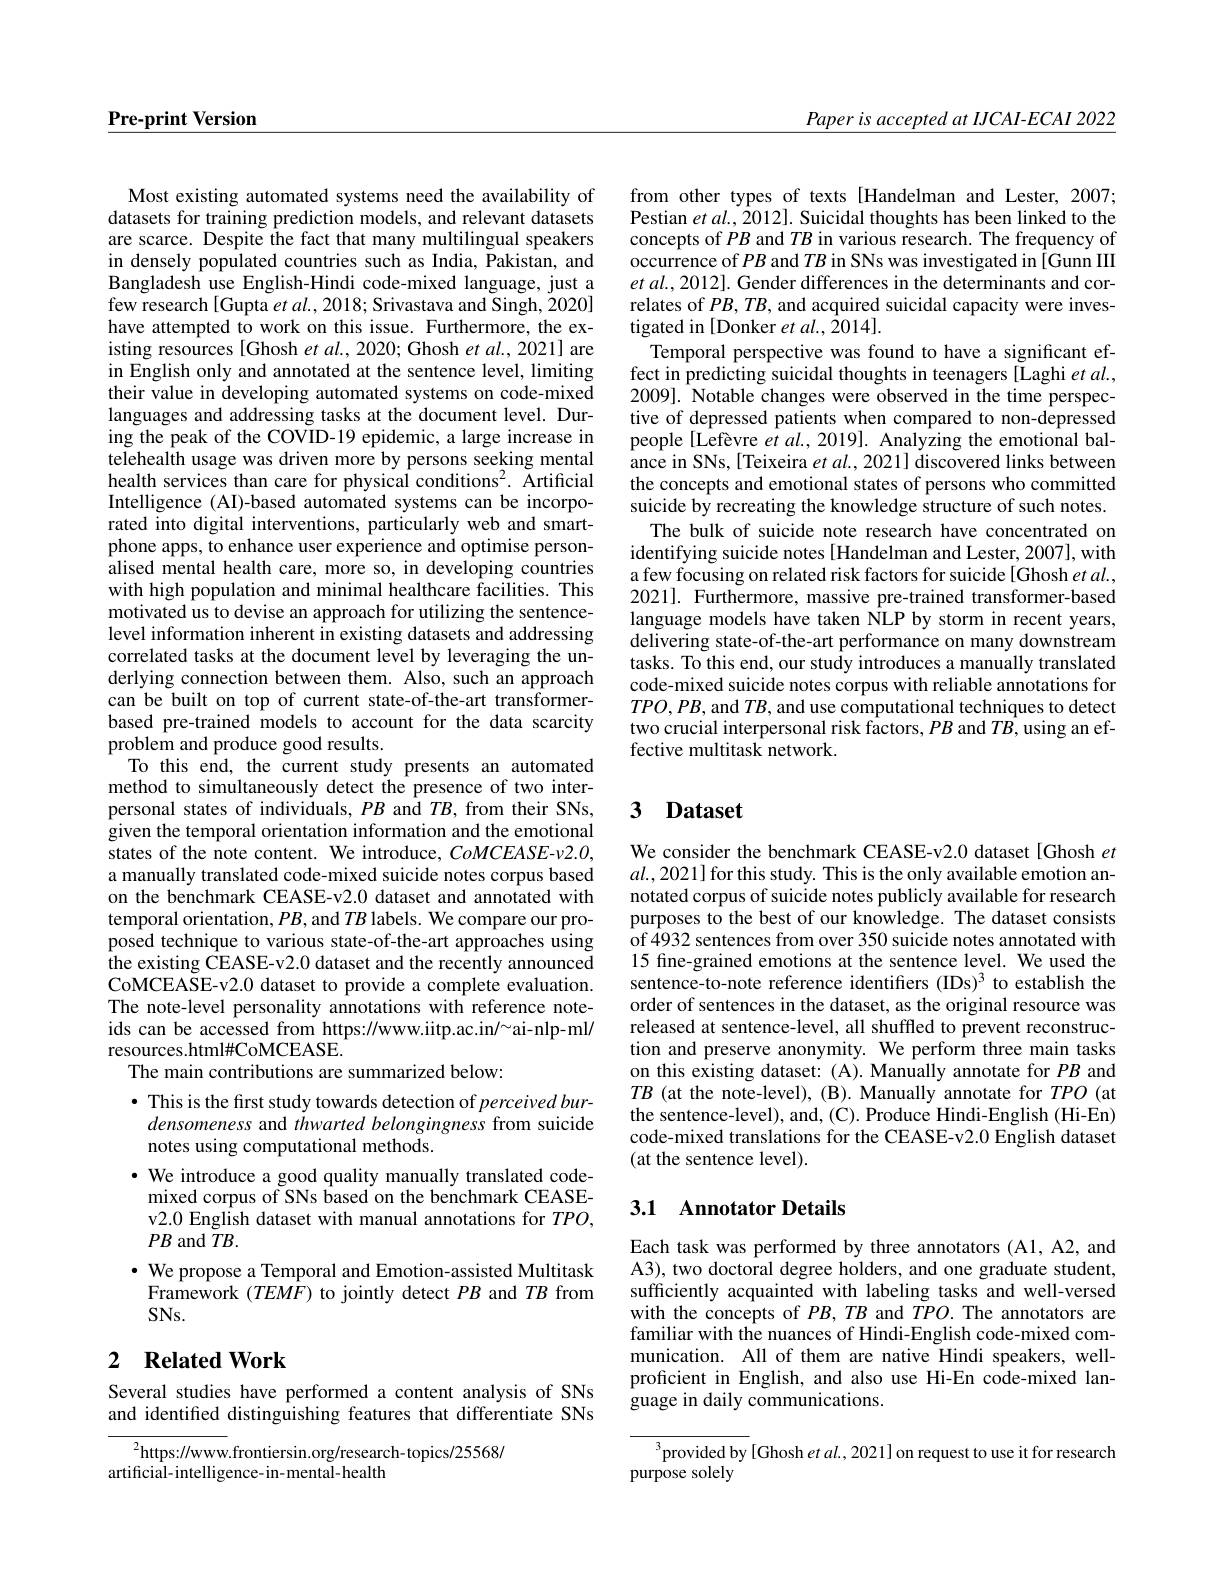
$\underline{\textbf{Pre-print Version}}$

Paper is accepted at IJCAI-ECAI 2022

Most existing automated systems need the availability of datasets for training prediction models, and relevant datasets are scarce. Despite the fact that many multilingual speakers in densely populated countries such as India, Pakistan, and Bangladesh use English-Hindi code-mixed language, just a few research[Gupta et al.2018; Srivastava and Singh, 2020] have attempted to work on this issue. Furthermore, the existing resources [Ghosh $etal.,2020;$ Ghosh $et\textit{al. , 2021}]$ are in English only and annotated at the sentence level, limiting their value in developing automated systems on code-mixed languages and addressing tasks at the document level. During the peak of the COVID-19 epidemic, a large increase in telehealth usage was driven more by persons seeking mental health services than care for physical conditions$^2.$ Artificial Intelligence (AI)-based automated systems can be incorporated into digital interventions, particularly web and smartphone apps, to enhance user experience and optimise personalised mental health care, more so, in developing countries with high population and minimal healthcare facilities. This motivated us to devise an approach for utilizing the sentencelevel information inherent in existing datasets and addressing correlated tasks at the document level by leveraging the underlying connection between them. Also, such an approach can be built on top of current state-of-the-art transformerbased pre-trained models to account for the data scarcity problem and produce good results.
To this end, the current study presents an automated method to simultaneously detect the presence of two interpersonal states of individuals, $PB$ and $TB$, from their SNs, given the temporal orientation information and the emotional states of the note content. We introduce, $CoMCEASE-v2.0$, a manually translated code-mixed suicide notes corpus based on the benchmark CEASE-v2.0 dataset and annotated with temporal orientation, $PB$, and $TB$ labels. We compare our proposed technique to various state-of-the-art approaches using the existing CEASE-v2.0 dataset and the recently announced CoMCEASE-v2.0 dataset to provide a complete evaluation. The note-level personality annotations with reference noteids can be accessed from https://www.iitp.ac.in/~ai-nlp-ml/ resources.html#CoMCEASE.
The main contributions are summarized below:
$\bullet$ This is the first study towards detection of perceived burdensomeness and thwarted belongingness from suicide notes using computational methods.
$\cdot$ We introduce a good quality manually translated codemixed corpus of SNs based on the benchmark CEASEv2.0 English dataset with manual annotations for $TPO$, $PB$ and $TB.$
$\bullet$ We propose a Temporal and Emotion-assisted Multitask $\hat{\text{Framework }}(TEM\hat{F})$ to jointly detect $PB$ and $TB$ from $SNs.$
2 $\textbf{Related Work}$

Several studies have performed a content analysis of SNs and identified distinguishing features that differentiate SNs

${^{2}\text{https://www.frontiersin.org/research-topics/25568/}}$
artificial- intelligence- in- mental- health

from other types of texts[Handelman and Lester, 2007; Pestian $et\textit{al. , 2012}] .$ Suicidal thoughts has been linked to the concepts of $PB$ and $TB$ in various research. The frequency of occurrence of $PB$ and $TB$ in SNs was investigated in [Gunn III et al., 2012]. Gender differences in the determinants and correlates of $PB,TB$, and acquired suicidal capacity were investigated in [Donker et al., {2014}].
Temporal perspective was found to have a significant effect in predicting suicidal thoughts in teenagers [Laghi $et\textit{al. , }$ 2009]. Notable changes were observed in the time perspective of depressed patients when compared to non-depressed people[Lefevre $etal.,2019].$ Analyzing the emotional balance in SNs, [Teixeira $et\textit{al. , 2021] discovered links between}$ the concepts and emotional states of persons who committed suicide by recreating the knowledge structure of such notes.
The bulk of suicide note research have concentrated on identifying suicide notes [Handelman and Lester, 2007], with a few focusing on related risk factors for suicide[Ghosh $et\textit{al. , }$ 2021]. Furthermore, massive pre-trained transformer-based language models have taken NLP by storm in recent years, delivering state-of-the-art performance on many downstream tasks. To this end, our study introduces a manually translated code-mixed suicide notes corpus with reliable annotations for $TPO,PB$,and $TB$, and use computational techniques to detect two crucial interpersonal risk factors, $PB$ and $TB$,using an effective multitask network.

# 3 Dataset

We consider the benchmark CEASE-v2.0 dataset [Ghosh et $al.,2021]$ for this study. This is the only available emotion annotated corpus of suicide notes publicly available for research purposes to the best of our knowledge. The dataset consists of 4932 sentences from over 350 suicide notes annotated with 15 fine-grained emotions at the sentence level. We used the sentence-to-note reference identifiers (IDs)$^3$ to establish the order of sentences in the dataset, as the original resource was released at sentence-level, all shuffled to prevent reconstruction and preserve anonymity. We perform three main tasks on this existing dataset: (A). Manually annotate for $PB$ and $TB$ (at the note-level), (B). Manually annotate for $TPO$ (at the sentence-level), and, (C). Produce Hindi-English (Hi-En) code-mixed translations for the CEASE-v2.0 English dataset (at the sentence level).

## 3.1 Annotator Details

Each task was performed by three annotators (A1, A2, and A3), two doctoral degree holders, and one graduate student, sufficiently acquainted with labeling tasks and well-versed with the concepts of $PB,TB$ and $\tilde{TPO}.$ The annotators are familiar with the nuances of Hindi-English code-mixed communication. All of them are native Hindi speakers, wellproficient in English, and also use Hi-En code-mixed language in daily communications.

$^{3}$provided by[Ghosh et al., 2021] on request to use it for research
purpose solely